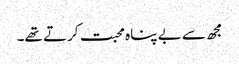
مجھ سے بے پناہ محبت کرتے تھے۔